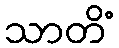
သာတိံ